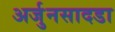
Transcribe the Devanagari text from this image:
अर्जुनसादडा